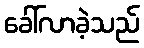
ခေါ်လာခဲ့သည်